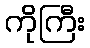
ကိုကြီး